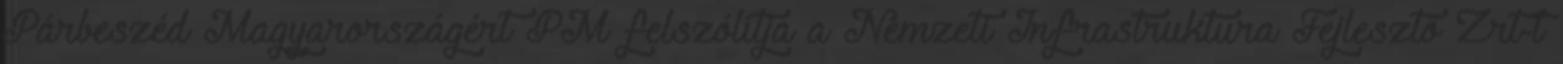
Párbeszéd Magyarországért PM felszólítja a Nemzeti Infrastruktúra Fejlesztő Zrt-t